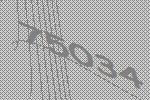
75034